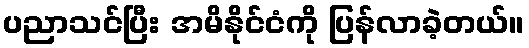
ပညာသင်ပြီး အမိနိုင်ငံကို ပြန်လာခဲ့တယ်။